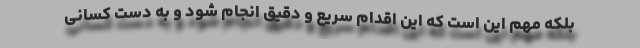
بلکه مهم این است که این اقدام سریع و دقیق انجام شود و به دست کسانی